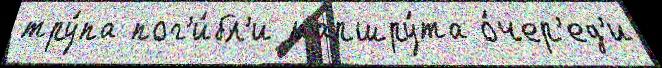
тру́па пог'и́бл'и маршру́та о́чер'ед'и